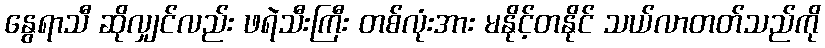
နွေရာသီ ဆိုလျှင်လည်း ဖရဲသီးကြီး တစ်လုံးအား မနိုင့်တနိုင် သယ်လာတတ်သည်ကို